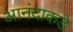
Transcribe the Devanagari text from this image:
आनंदाकडे